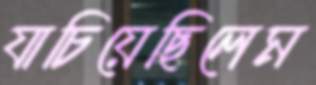
যাচিয়েছিলেম